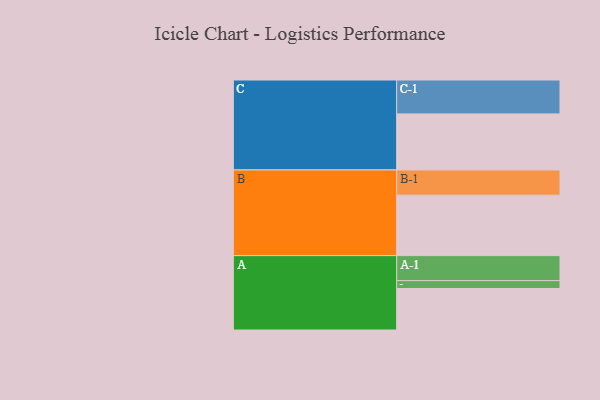
{"axis": {"x": "Segment", "y": "Value"}, "legend": ["", "A", "B", "C"], "data": [{"x": "A", "y": 312, "type": ""}, {"x": "B", "y": 454, "type": ""}, {"x": "C", "y": 421, "type": ""}, {"x": "A-1", "y": 188, "type": "A"}, {"x": "A-2", "y": 59, "type": "A"}, {"x": "B-1", "y": 190, "type": "B"}, {"x": "C-1", "y": 255, "type": "C"}]}